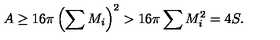
A \geq 1 6 \pi \left( \sum M _ { i } \right) ^ { 2 } > 1 6 \pi \sum M _ { i } ^ { 2 } = 4 S .